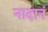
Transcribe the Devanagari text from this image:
नादानं